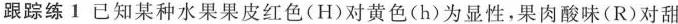
跟踪练 1 已知某种水果果皮红色(H)对黄色(h)为显性，果肉酸味(R)对甜